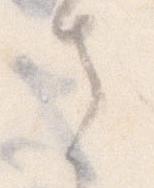
さ